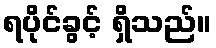
ရပိုင်ခွင့် ရှိသည်။